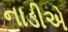
નાડીએ